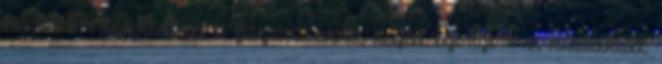
ra lettem szoktatva a fogmosasra, sajat igenyem is kialakult.